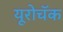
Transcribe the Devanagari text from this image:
यूरोचॅक